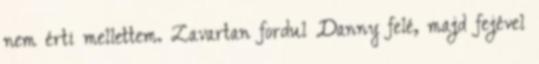
nem érti mellettem. Zavartan fordul Danny felé, majd fejével